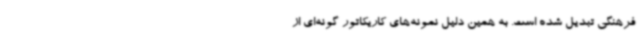
فرهنگی تبدیل شده است. به همین دلیل نمونه‌های کاریکاتور گونه‌ای از